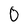
Character: O